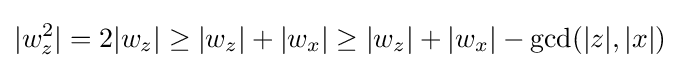
|w_{z}^{2}|=2|w_{z}|\geq |w_{z}|+|w_{x}|\geq |w_{z}|+|w_{x}|-\gcd(|z|,|x|)